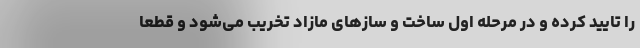
را تایید کرده و در مرحله اول ساخت و ساز‌های مازاد تخریب می‌شود و قطعا